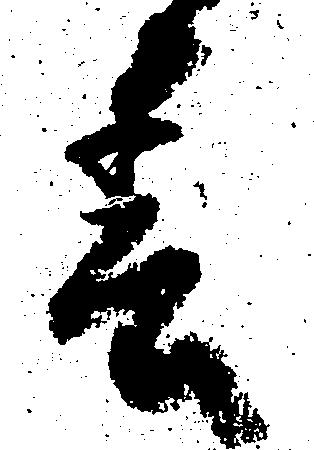
春